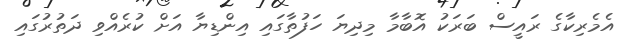
އެމެރިކާގެ ރައީސް ބަރަކު އޮބާމާ މިދިޔަ ހަފުތާގައި އިންޑިޔާ އަށް ކުރެއްވި ދަތުުރުގައި